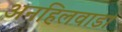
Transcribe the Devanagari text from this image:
अनहिलवाडा